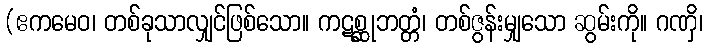
(ဧကမေဝ၊ တစ်ခုသာလျှင်ဖြစ်သော။ ကဋစ္ဆုဘတ္တံ၊ တစ်ဇွန်းမျှသော ဆွမ်းကို။ ဂဏှိ၊